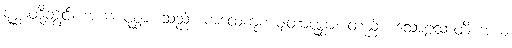
ပုစ္ဆာတို့တွင်။ အယံ ပုစ္ဆာ၊ သည်။ ကထေကုကမျတာပုစ္ဆာ၊ တည်း။ သောဠသာတိ အယံ